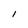
Character: n